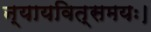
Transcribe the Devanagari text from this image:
न्यायवित्समयः।